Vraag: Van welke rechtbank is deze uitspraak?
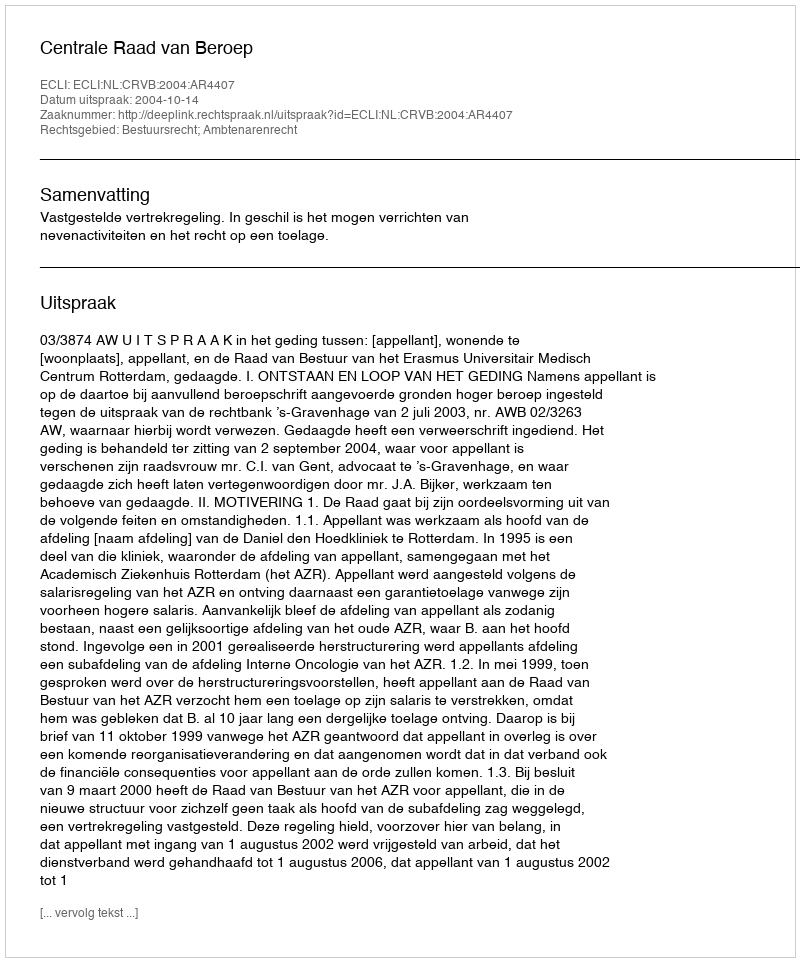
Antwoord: Centrale Raad van Beroep